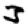
Digit: 3